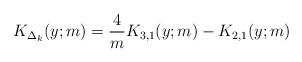
LaTeX: \begin{align*} K_{\Delta_k} (y;m) = \frac4m K_{3,1}(y;m) - K_{2,1}(y;m) \end{align*}